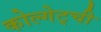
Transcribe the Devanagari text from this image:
कोल्गेट्ची